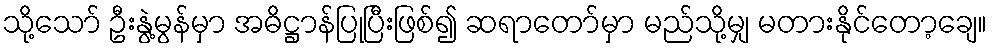
သို့သော် ဦးနွဲ့မွန်မှာ အဓိဋ္ဌာန်ပြုပြီးဖြစ်၍ ဆရာတော်မှာ မည်သို့မျှ မတားနိုင်တော့ချေ။